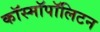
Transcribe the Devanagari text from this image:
कॉस्मॉपॉलिटन